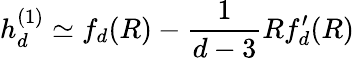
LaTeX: h_{d}^{(1)}\simeq f_{d}(R)-\frac{1}{d-3}Rf_{d}^{\prime}(R)